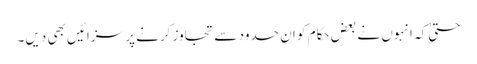
حتیٰ کہ انہوں نے بعض حکام کو ان حدود سے تجاوز کرنے پر سزائیں بھی دیں۔